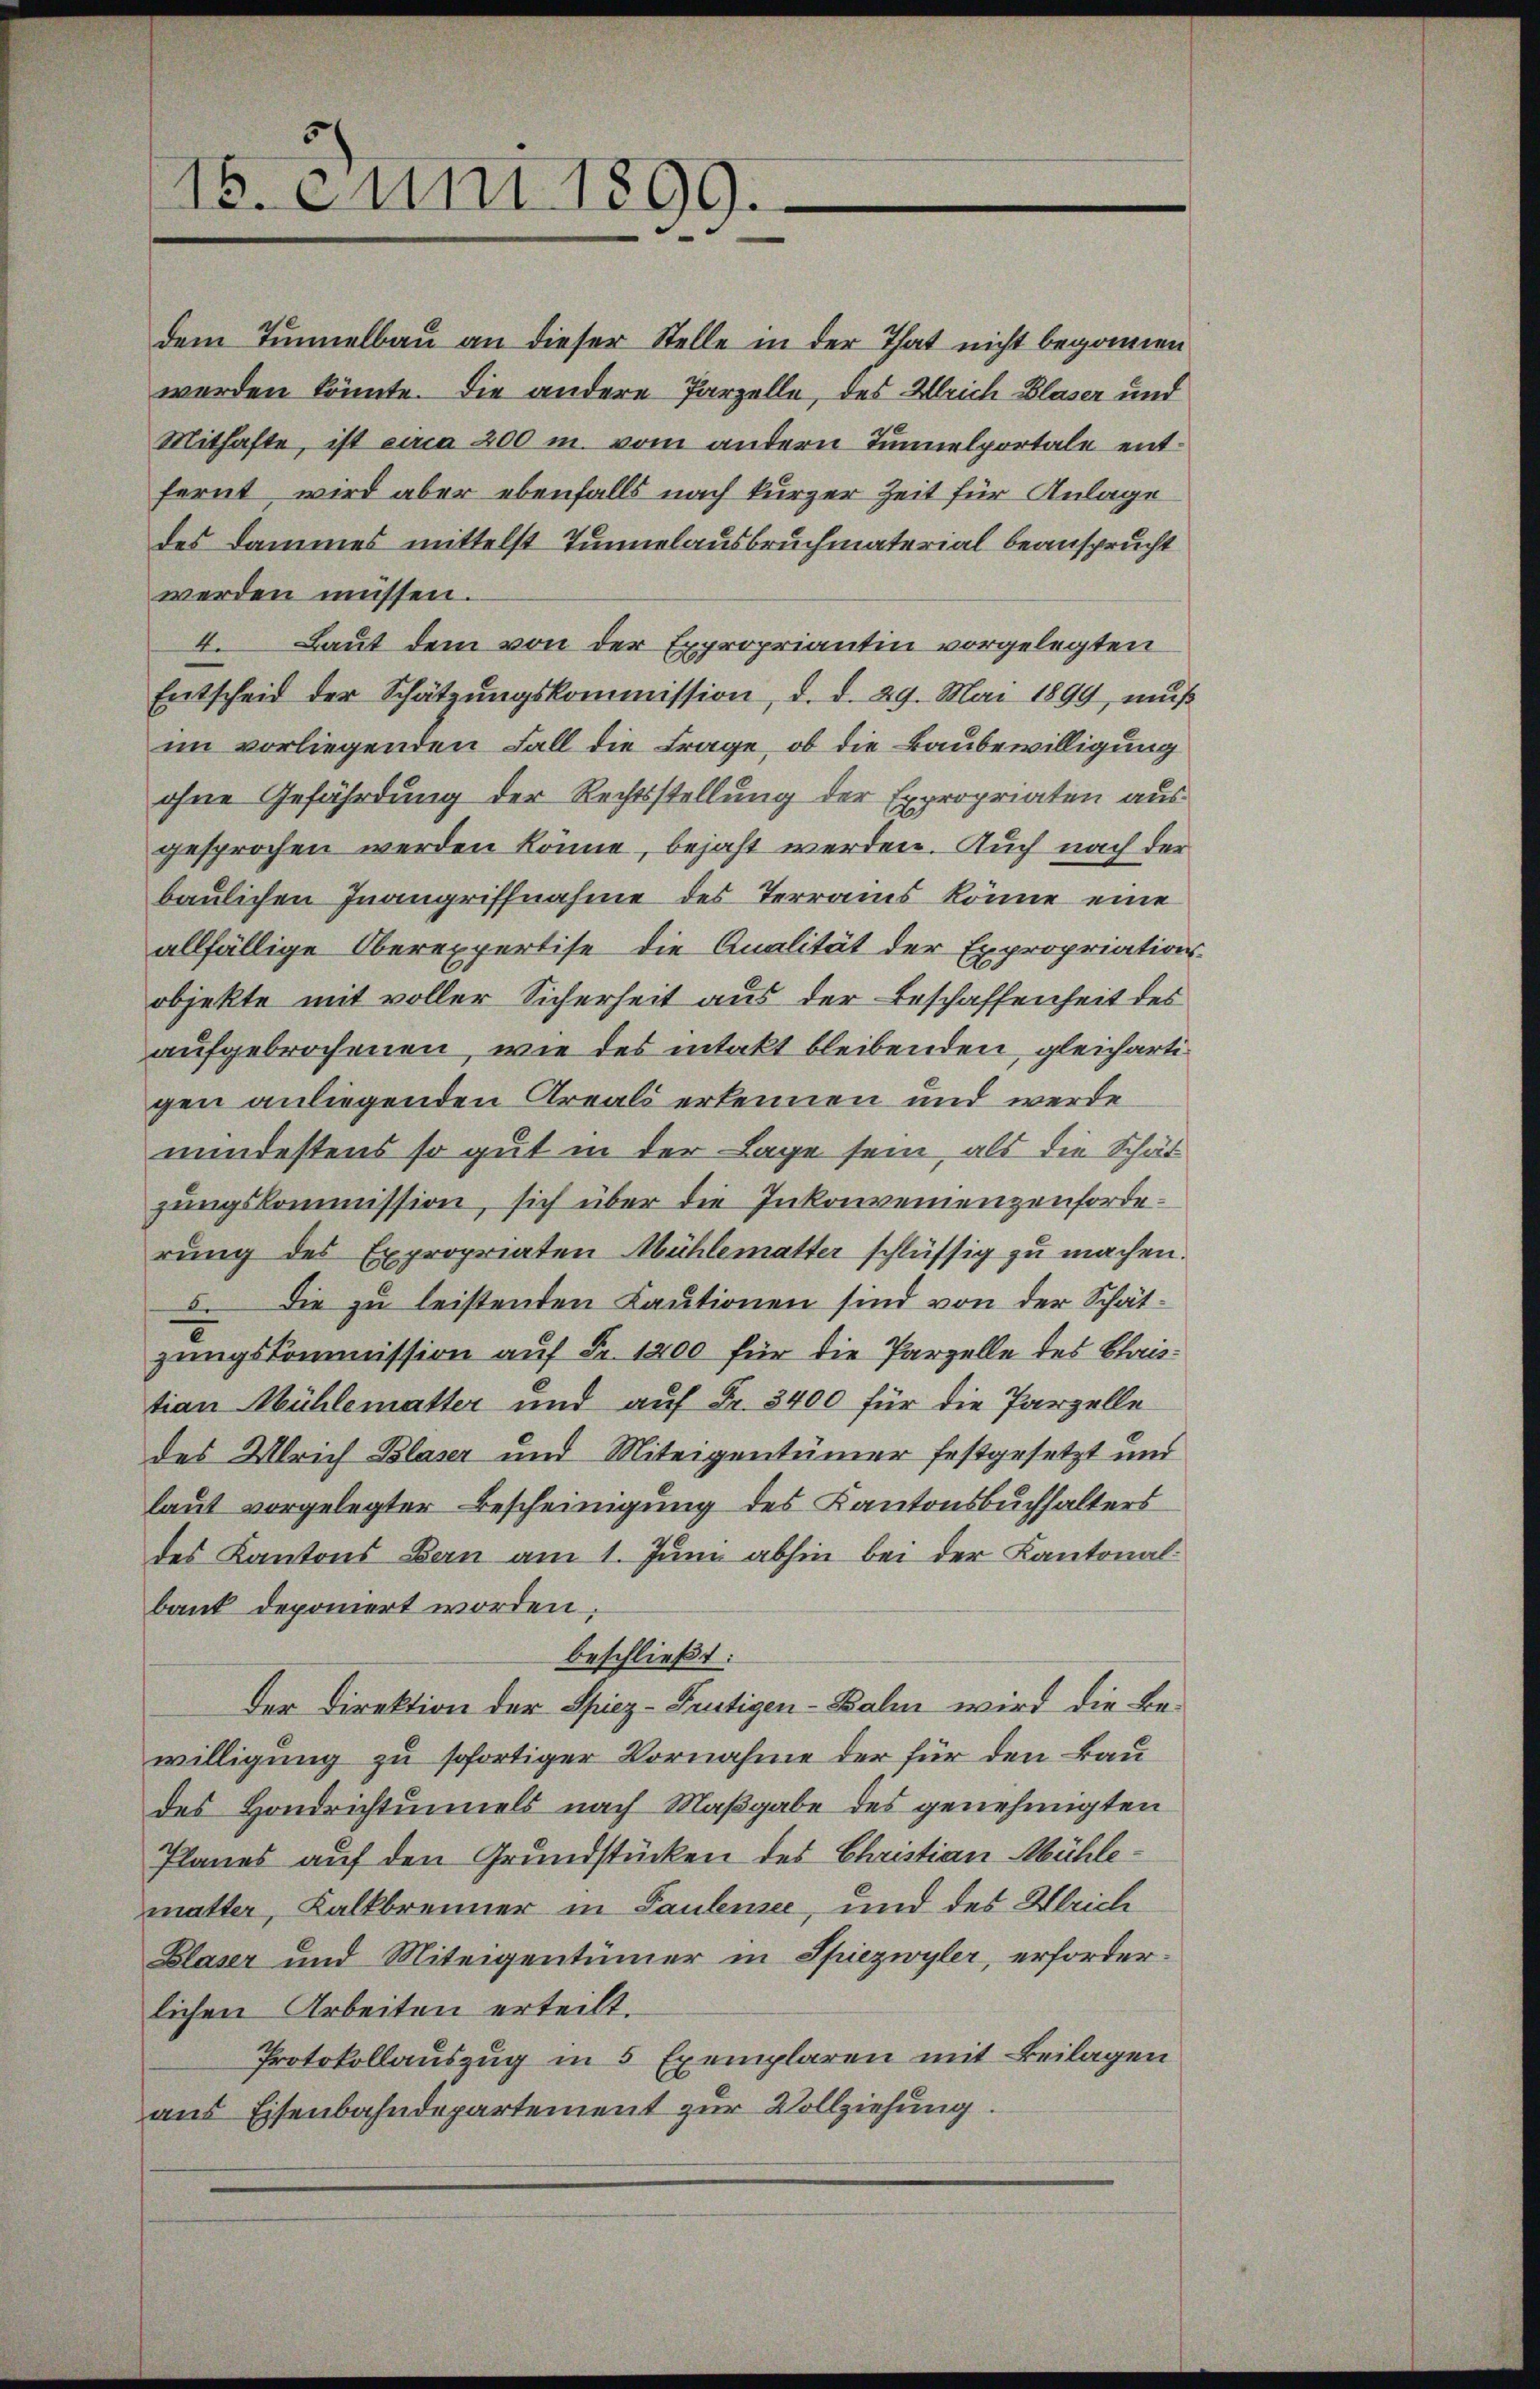
15. Juni 1899.

dem Tunnelbau an dieser Stelle in der That nicht begonnen
werden könnte. Die andere Parzelle, des Ulrich Blaser und
Mithafte, ist circa 200 m. vom andern Tunnelportale entfernt, wird aber ebenfalls nach kurzer Zeit für Anlage
des Dammes mittelst Tunnelausbruchmaterial beansprucht
werden müssen.
4. Baut dem von der Expropriantin vorgelegten
Entscheid der Schätzungskommission, d. d. 29. Mai 1899, muß
im vorliegenden Fall die Frage, ob die Baubewilligung
ohne Gefährdung der Rechtsstellung der Expropriaten ausgesprochen werden könne, bejaht werden. Auch nach der
baulichen Inangriffnahme des Terrains könne eine
allfällige Oberexpertise die Analität der Expropriations-
objekte mit voller Sicherheit aus der Beschaffenheit des
aufgebrochenen, wie des intakt bleibenden, gleichartigen anliegenden Areals erkennen und werde
mindestens so gut in der Lage sein, als die Schät
zungskommission, sich über die Inkonvenienzenforderung des Expropriaten Mühlematter schlüssig zu machen.
. Die zu leistenden Kautionen sind von der Schätzungskommission auf Fr. 1200 für die Parzelle des Chaistian Mühlematter und auf Fr. 3400 für die Parzelle
des Ulrich Blaser und Miteigentümer festgesetzt und
laut vorgelegter Bescheinigung des Kantonsbuchhalters
des Kantons Bau am 1. Juni abhin bei der Kantonalbaut deponiert worden.
beschließt:
der Direktion der Spiez-Frutigen-Bahn wird die Bewilligung zu sofortiger Vornahme der für den Baudes Hondrichtungels nach Maßgabe des genehmigten
Planes auf den Grundstücken des Christian Mühlemutter, Kalkbrenner in Paulensee, und des Ulrich
Blaser und Miteigentümer in Spiezwyler, erforderlichen Arbeiten erteilt.
Protokollauszug in 5 Exemplaren mit Beilagen
aus Eisenbahndepartement zur Vollziehung.